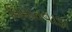
લિમાતવાડા